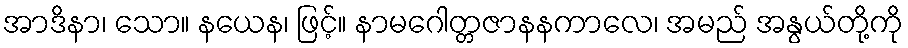
အာဒိနာ၊ သော။ နယေန၊ ဖြင့်။ နာမဂေါတ္တဇာနနကာလေ၊ အမည် အနွယ်တို့ကို